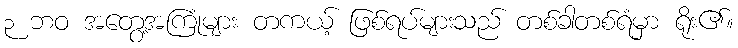
၃ ဘဝ အတွေ့အကြုံများ တကယ့် ဖြစ်ရပ်များသည် တစ်ခါတစ်ရံမှာ ရိုး၏။